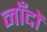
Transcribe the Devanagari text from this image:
नाँदों